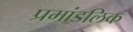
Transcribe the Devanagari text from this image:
प्रमांडलिक